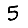
Digit: 5